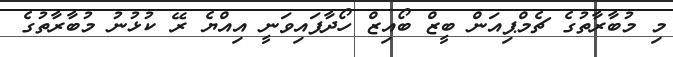
މި މުބާރާތުގެ ޗެމްޕިއަން ބީޒް ބޯއިޒް ހޯދާފައިވަނީ އިއްޔެ ރޭ ކުޅުނު މުބާރާތުގެ